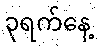
၃ရက်နေ့